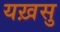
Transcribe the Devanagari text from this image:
यख़सु